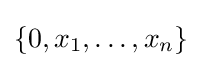
\{0,x_{1},\dots ,x_{n}\}